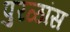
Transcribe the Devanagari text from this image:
पुरळांस